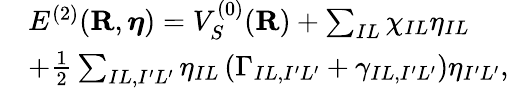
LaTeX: \begin{array}{rl}&{E^{(2)}({\mathbf R},{\boldsymbol\eta})=V_{S}^{{(0)}}({\mathbf R})+\sum_{IL}\chi_{IL}\eta_{IL}}\\ &{+\frac{1}{2}\sum_{IL,I^{\prime}L^{\prime}}\eta_{IL}\left(\Gamma_{IL,I^{\prime}L^{\prime}}+\gamma_{IL,I^{\prime}L^{\prime}}\right)\eta_{I^{\prime}L^{\prime}},}\end{array}